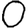
Digit: 0